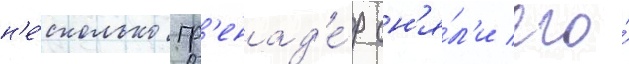
н'е́сколько гр'енад'е́р сн'я́л'и его́